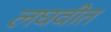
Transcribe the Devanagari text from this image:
लघवीत